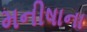
મનીષાના